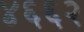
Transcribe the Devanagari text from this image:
४६६२